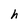
Character: h